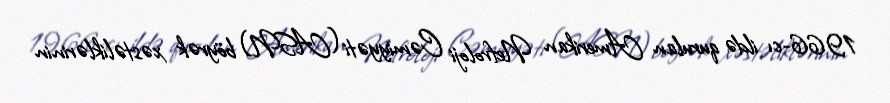
1966-cı ildə qurulan Amerikan Nefroloji Cəmiyyəti (ASN) böyrək xəstəliklərinin